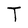
Character: T